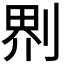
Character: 𠝹